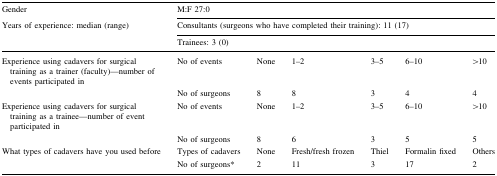
| Gender | <COLSPAN=6> M:F 27:0 |
 | Years of experience: median (range) | <COLSPAN=6> Consultants (surgeons who have completed their training): 11 (17) |
 |  | <COLSPAN=6> Trainees: 3 (0) |
 | --- | --- | --- | --- | --- | --- | --- |
 | Experience using cadavers for surgical training as a trainer (faculty)—number of events participated in | No of events | None | 1–2 | 3–5 | 6–10 | >10 |
 |  | No of surgeons | 8 | 8 | 3 | 4 | 4 |
 | Experience using cadavers for surgical training as a trainee—number of event participated in | No of events | None | 1–2 | 3–5 | 6–10 | >10 |
 |  | No of surgeons | 8 | 6 | 3 | 5 | 5 |
 | What types of cadavers have you used before | Types of cadavers | None | Fresh/fresh frozen | Thiel | Formalin fixed | Others |
 |  | No of surgeons* | 2 | 11 | 3 | 17 | 2 |